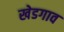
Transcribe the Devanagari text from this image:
खेडगाव